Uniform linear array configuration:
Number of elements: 16
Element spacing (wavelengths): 0.5
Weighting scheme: hamming
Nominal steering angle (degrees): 45
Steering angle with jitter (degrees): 44.524
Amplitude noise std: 0.05
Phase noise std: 0.05

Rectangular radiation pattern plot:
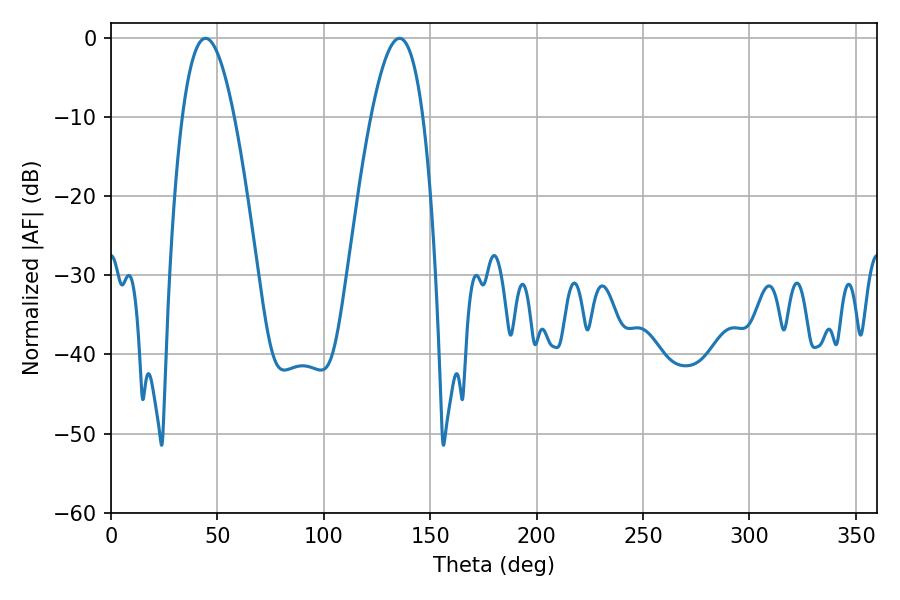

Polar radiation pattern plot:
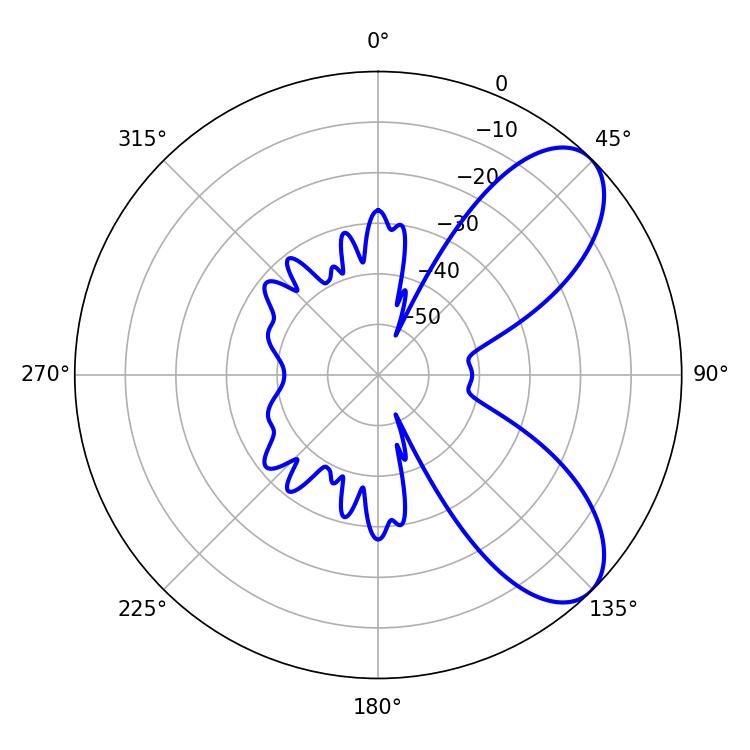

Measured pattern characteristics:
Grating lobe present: FALSE
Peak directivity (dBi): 7.524
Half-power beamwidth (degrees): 13.32
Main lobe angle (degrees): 44.46